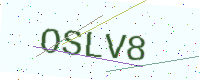
Text: OSLV8